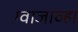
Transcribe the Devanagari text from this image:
ग्वाजाव्हा